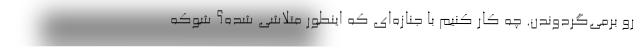
رو برمي‌گردوندن. چه كار كنيم با جنازه‌اي كه اينطور متلاشي شده؟ شوكه